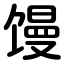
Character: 馒